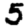
Digit: 5